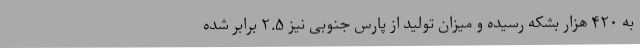
به ۴۲۰ هزار بشکه رسیده و میزان تولید از پارس جنوبی نیز ۲.۵ برابر شده